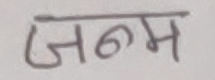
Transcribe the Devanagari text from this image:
जनम